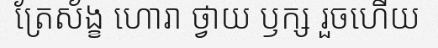
ត្រែស័ង្ខ ហោរា ថ្វាយ ឫក្ស រួចហើយ